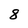
Character: 8